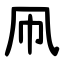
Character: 凧